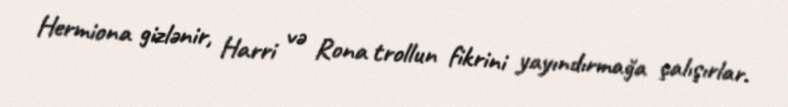
Hermiona gizlənir, Harri və Rona trollun fikrini yayındırmağa çalışırlar.